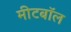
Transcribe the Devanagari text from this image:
मीटबॉल